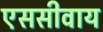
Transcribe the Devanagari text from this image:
एससीवाय